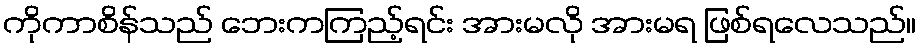
ကိုကာစိန်သည် ဘေးကကြည့်ရင်း အားမလို အားမရ ဖြစ်ရလေသည်။